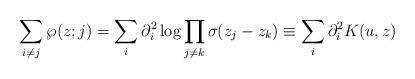
LaTeX: \begin{align*}\sum_{i \neq j}\wp(z;j) = \sum_i \partial_i^2 \log \prod_{j \neq k}\sigma(z_j - z_k) \equiv \sum_i \partial_i^2 K(u, z)\end{align*}